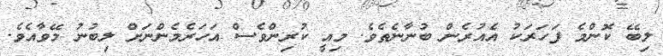
ލިބޭ ކޮންމެ ފަހަރަކު އެއުރެން ބުނާނެތެވެ. މިއީ ކުރިންވެސް އަހަރެމެންނަށް ލިބުނު މޭވާއެވެ.